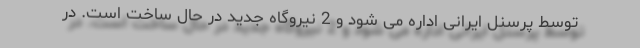
توسط پرسنل ایرانی اداره می شود و 2 نیروگاه جدید در حال ساخت است. در